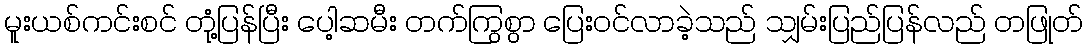
မူးယစ်ကင်းစင် တုံ့ပြန်ပြီး ပေါ့ဆမီး တက်ကြွစွာ ပြေးဝင်လာခဲ့သည် သျှမ်းပြည်ပြန်လည် တဖြုတ်